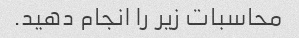
محاسبات زیر را انجام دهید.